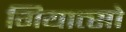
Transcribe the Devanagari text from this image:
गियात्सो